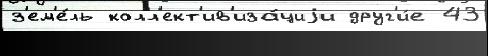
з'ем'е́ль колл'ект'ив'иза́циjи друг'и́е 43